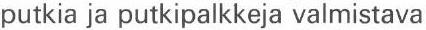
putkia ja putkipalkkeja valmistava